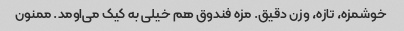
خوشمزه، تازه، وزن دقیق. مزه فندوق هم خیلی به کیک می‌اومد. ممنون